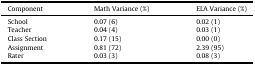
| Component | Math Variance (%) | ELA Variance (%) |
 | --- | --- | --- |
 | School | 0.07 (6) | 0.02 (1) |
 | Teacher | 0.04 (4) | 0.03 (1) |
 | Class Section | 0.17 (15) | 0.00 (0) |
 | Assignment | 0.81 (72) | 2.39 (95) |
 | Rater | 0.03 (3) | 0.08 (3) |